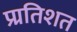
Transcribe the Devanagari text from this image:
प्र्रतिशत